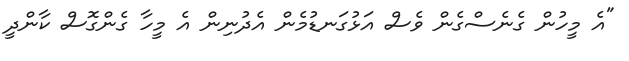
"އެ މީހުން ގެނެސްގެން ވެސް އަޅުގަނޑުމެން އެދުނިން އެ މީހާ ގެންގޮސް ކާންދީ